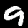
Digit: 9